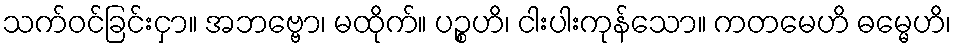
သက်ဝင်ခြင်းငှာ။ အဘဗ္ဗော၊ မထိုက်။ ပဉ္စဟိ၊ ငါးပါးကုန်သော။ ကတမေဟိ ဓမ္မေဟိ၊